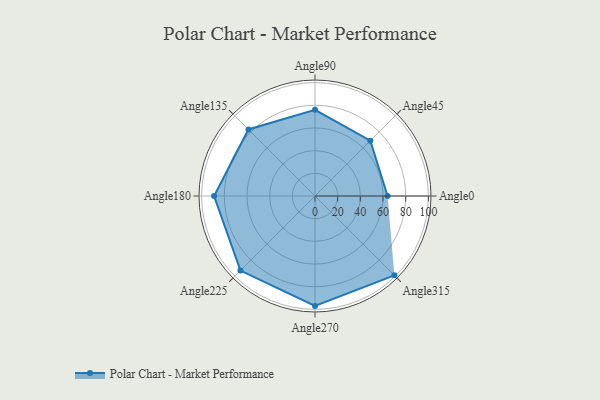
{"axis": {"x": "Angle", "y": "Radius"}, "legend": [""], "data": [{"x": "Angle0", "y": 64.0, "type": ""}, {"x": "Angle45", "y": 69.0, "type": ""}, {"x": "Angle90", "y": 76.0, "type": ""}, {"x": "Angle135", "y": 83.0, "type": ""}, {"x": "Angle180", "y": 89.0, "type": ""}, {"x": "Angle225", "y": 93.0, "type": ""}, {"x": "Angle270", "y": 97.0, "type": ""}, {"x": "Angle315", "y": 99.0, "type": ""}]}